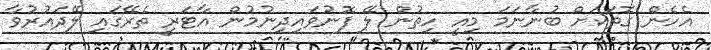
އެހެން ގޮތަކަށް ބުނާނަމަ މިއީ ހިތުން ލޭ ފޮނުވައިދިނުމުން އާޓަރީ ތެރޭގައި ލޭދައުރުވާ